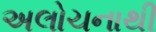
અલોચનાથી